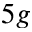
5 g